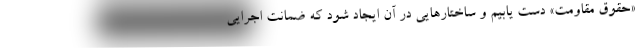
«حقوق مقاومت» دست یابیم و ساختارهایی در آن ایجاد شود که ضمانت اجرایی